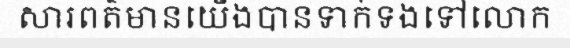
សារពត៌មានយើងបានទាក់ទងទៅលោក